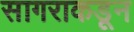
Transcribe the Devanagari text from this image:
सागराकडून